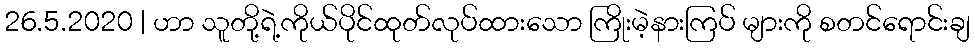
26.5.2020 | ဟာ သူတို့ရဲ့ကိုယ်ပိုင်ထုတ်လုပ်ထားသော ကြိုးမဲ့နားကြပ် များကို စတင်ရောင်းချ